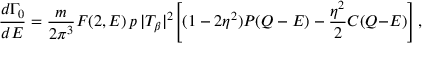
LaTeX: { \frac { d \Gamma _ { 0 } } { d E } } = { \frac { m } { 2 \pi ^ { 3 } } } F ( 2 , E ) \, p \, | T _ { \beta } | ^ { 2 } \Biggr [ ( 1 - 2 \eta ^ { 2 } ) P ( Q - E ) - { \frac { \eta ^ { 2 } } { 2 } } C ( Q { - } E ) \Biggr ] \, ,